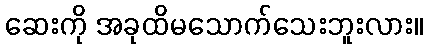
ဆေးကို အခုထိမသောက်သေးဘူးလား။